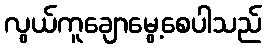
လွယ်ကူချောမွေ့စေပါသည်